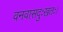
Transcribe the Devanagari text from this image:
वनवासदुःखतः।